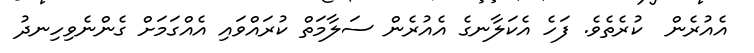
އެއުރެން  ކުރެތެވެ. ފަހެ އެކަލާނގެ އެއުރެން ސަލާމަތް ކުރައްވައި އެއްގަމަށް ގެންނެވިހިނދު